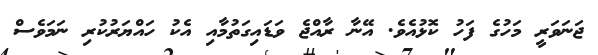
ޖަނަވަރީ މަހުގެ ފަހު ކޮޅުއެވެ. އޭނާ ރާއްޖެ ވަޑައިގަތުމާއި އެކު ހައްޔަރުކުރި ނަމަވެސް